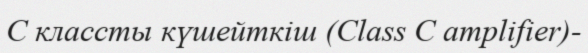
С классты күшейткіш (Class С amplifier)-